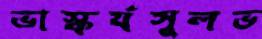
ভাস্কর্যসুলভ